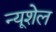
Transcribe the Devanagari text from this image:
न्यूशेल